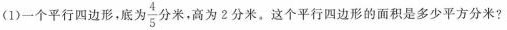
(1)一个平行四边形，底为 \frac{4}{5} 分米，高为2分米。这个平行四边形的面积是多少平方分米?